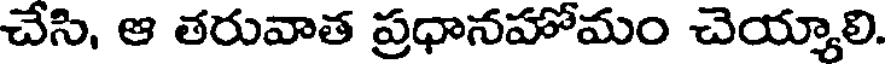
చేసి, ఆ తరువాత ప్రధానహోమం చెయ్యాలి.